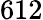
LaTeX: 612